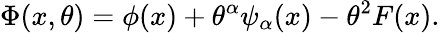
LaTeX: \Phi(x,\theta)=\phi(x)+\theta^{\alpha}\psi_{\alpha}(x)-\theta^{2}F(x).